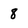
Character: 8